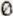
0